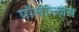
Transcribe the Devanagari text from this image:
पौलान्त्ज़स